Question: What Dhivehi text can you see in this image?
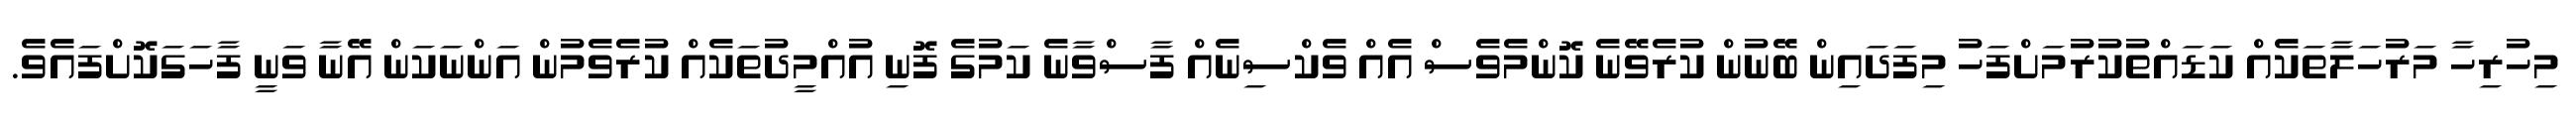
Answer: މިހުރިހާ މަރުހަލާތަކެއް ކަޑައްތުކުރުމަށްފަހު މިފަދައިން ބޭނުން ކުރެވޭނެ ކޮންމެވެސް އެއް ވެކްސިނެއް ފާސްވާނެ ކަމުގެ ފޮނި އުއްމީދުތަކެއް ކުރެވެމުން އަންނަކަން އޭނާ ވަނީ ފާހަގަކޮށްފައެވެ.